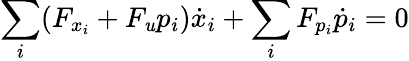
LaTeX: \sum_{i}(F_{x_{i}}+F_{\mathit{u}}p_{i}){\dot{{x}}}_{i}+\sum_{i}F_{p_{i}}{\dot{{p}}}_{i}=0